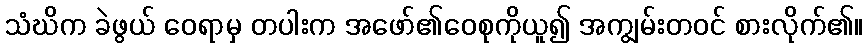
သံဃိက ခဲဖွယ် ဝေရာမှ တပါးက အဖော်၏ဝေစုကိုယူ၍ အကျွမ်းတဝင် စားလိုက်၏။